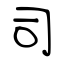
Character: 司